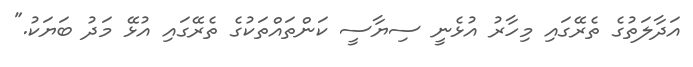
އަދާލަތުގެ ތެރޭގައި މިހާރު އުޅެނީ ސިޔާސީ ކަންތައްތަކުގެ ތެރޭގައި އުޅޭ މަދު ބަޔަކު."